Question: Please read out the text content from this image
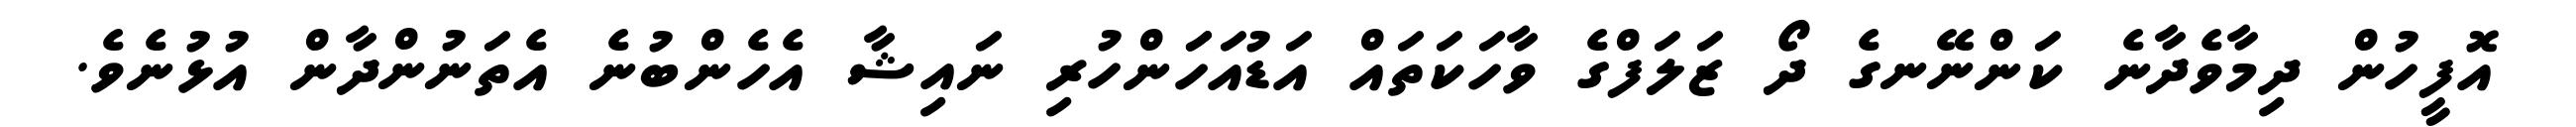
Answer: އޮފީހުން ދިމާވެދާނެ ކަންނޭނގެ ދޯ ޒަލަފްގެ ވާހަކަތައް އަޑުއަހަަންހުރި ނައިޝާ އެހެންބުނެ އެތަނުންދާން އުޅުނެވެ.